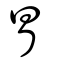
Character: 冐